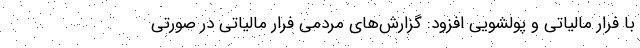
با فرار مالیاتی و پولشویی افزود: گزارش‌های مردمی فرار مالیاتی در صورتی